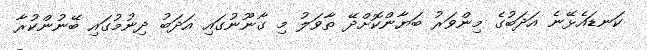
ކަނޑައެޅޭނެ އަދަބުގެ މިންވަރު ބަޔާންކޮށްދޭ ތާވަލު މި ގާނޫނުގައި އަދަބު ދިނުމުގައި ބޭނުންކުރާ